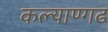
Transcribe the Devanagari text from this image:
कल्याण्गढ